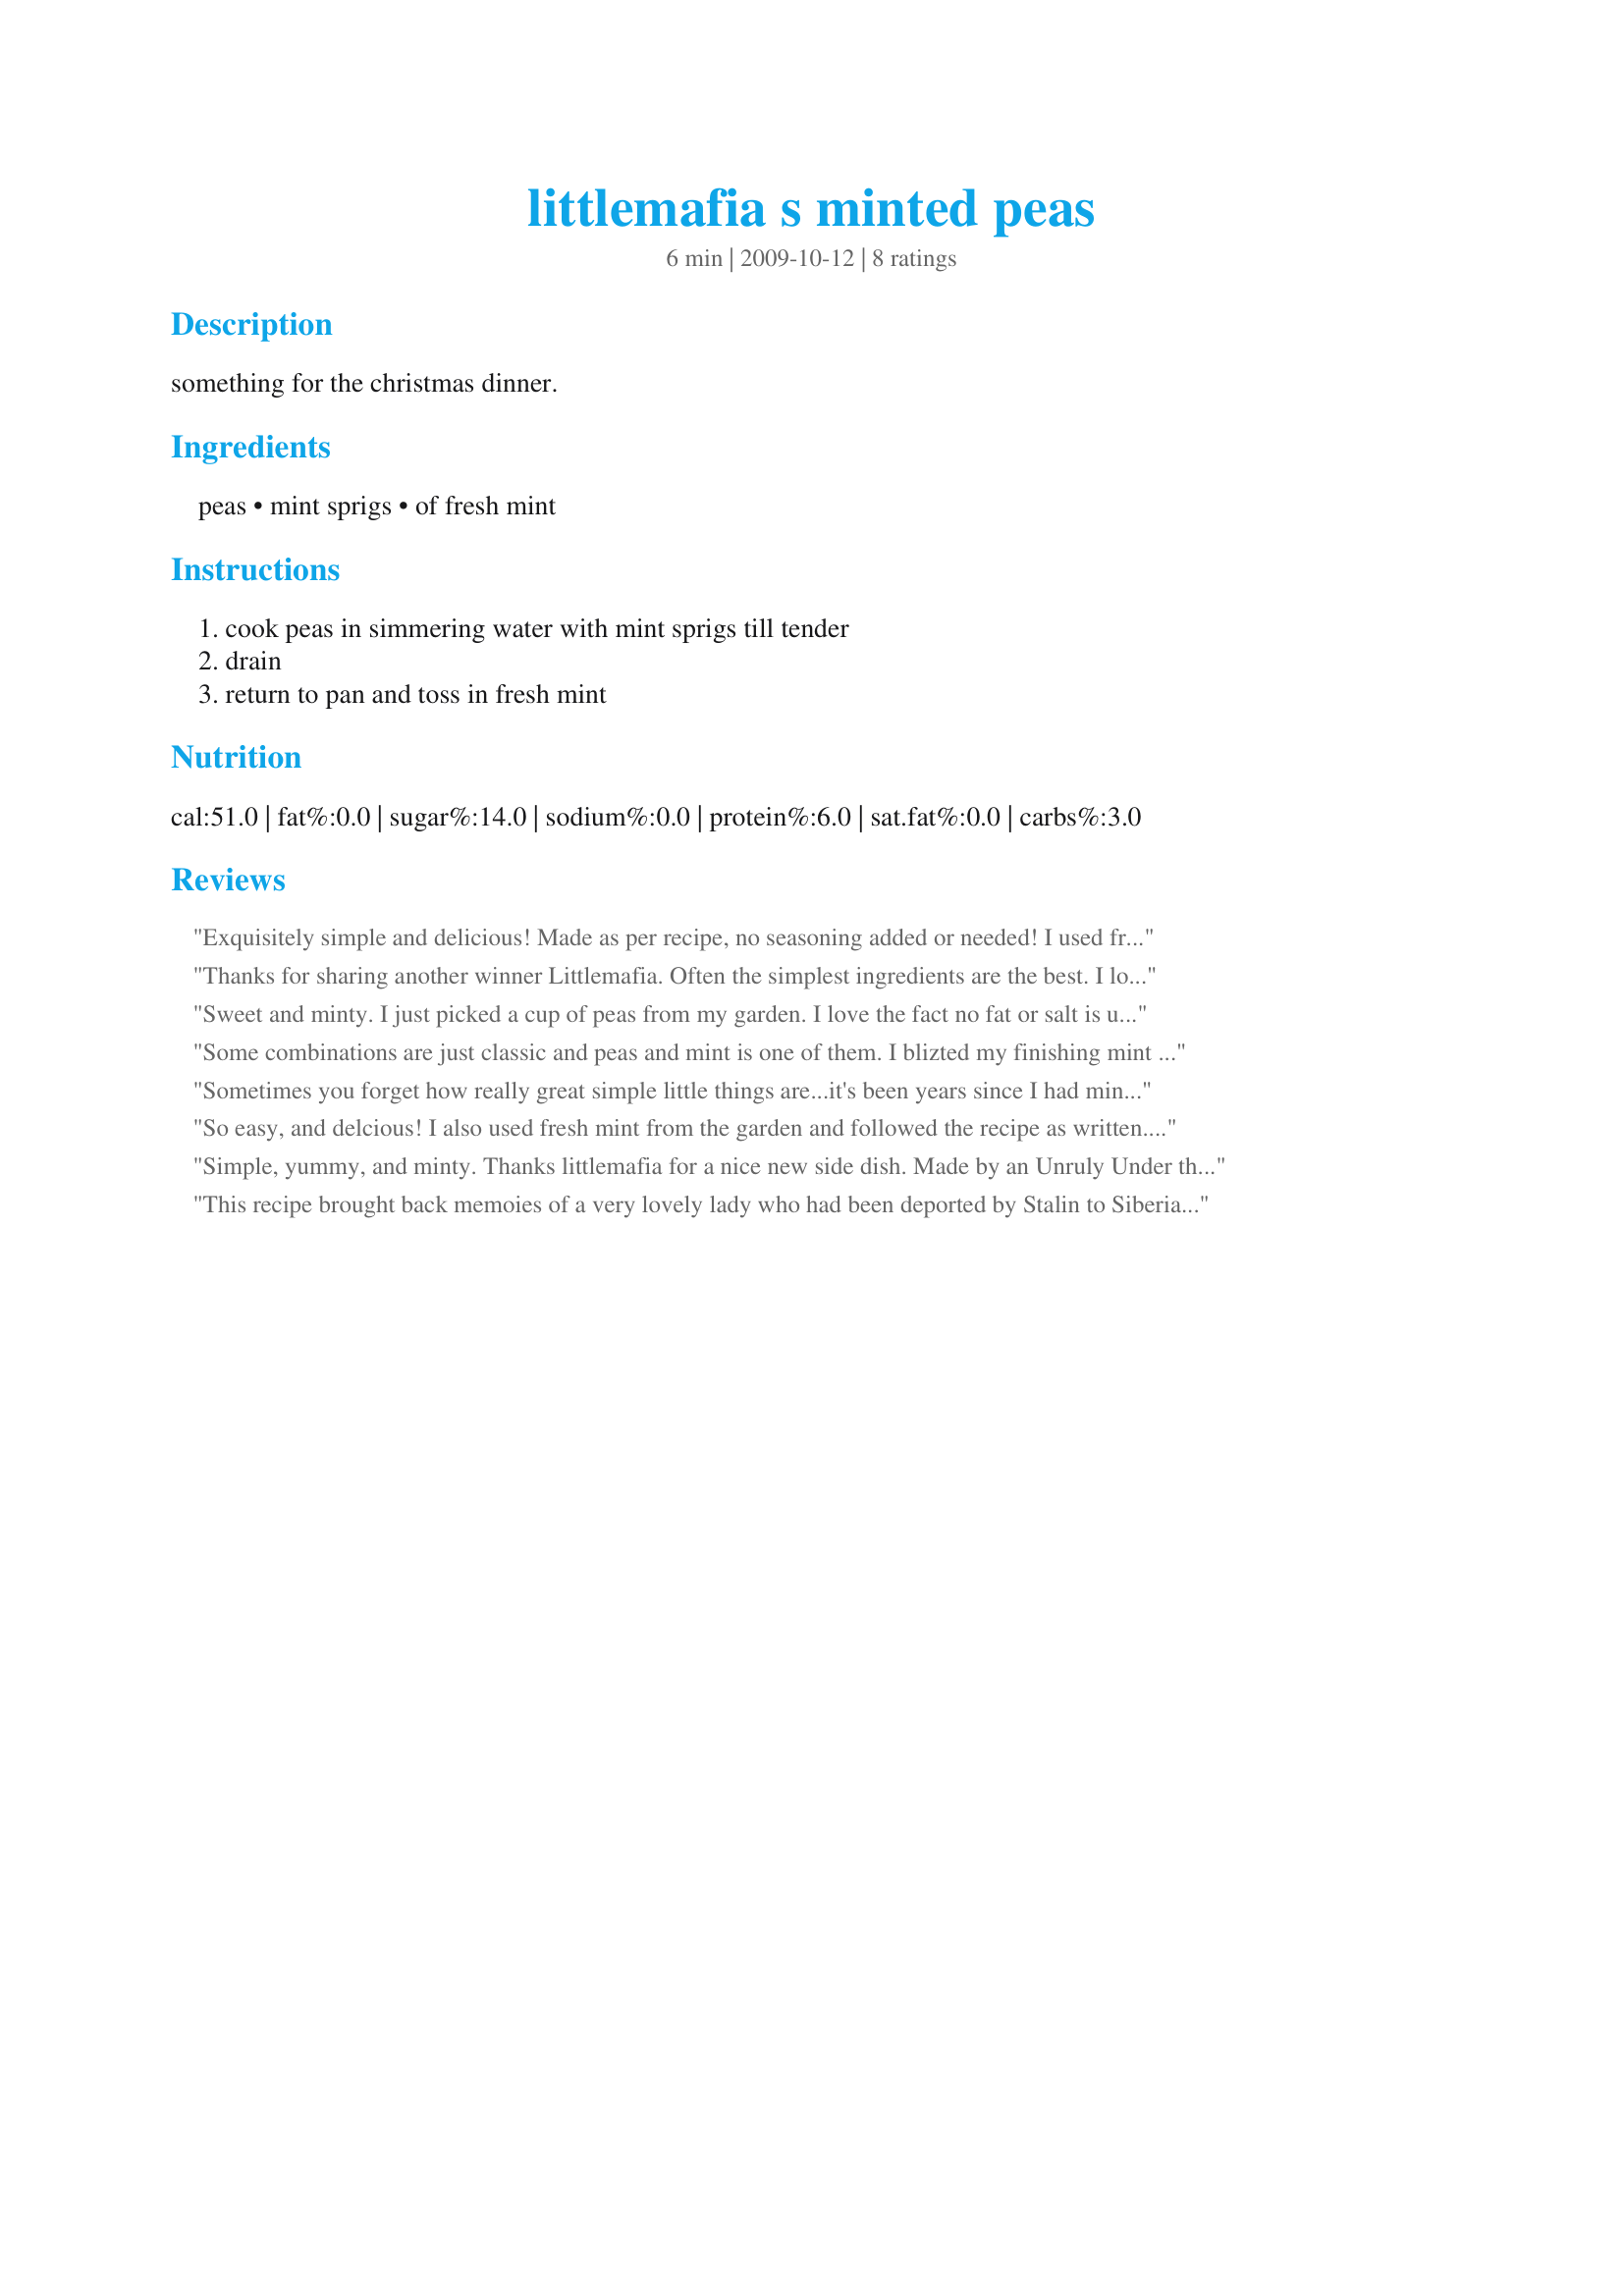
littlemafia s minted peas
Preparation time: 6 minutes

something for the christmas dinner.

Ingredients:
peas, mint sprigs, of fresh mint

Steps:
cook peas in simmering water with mint sprigs till tender, drain, return to pan and toss in fresh mint

Reviews:
Exquisitely simple and delicious! Made as per recipe, no seasoning added or needed! I used fresh mint from my garden, steamed the peas briefly, this dish has lovely fresh flavour and is ready in a jiffy!

Thanks, Littlemafia!

Made for vegetarian Swap#16
Thanks for sharing another winner Littlemafia. Often the simplest ingredients are the best. I loved the soft subtle flavor of the mint, with the nice, crisp fresh peas, it was perfect just perfect. I also used mint from the garden. I will be making this recipe again. :)
Sweet and minty. I just picked a cup of peas from my garden. I love the fact no fat or salt is used in this recipe. I did just barely heat the peas enjoying the sun kissed peas. Made for ZWT6 Thanks
Some combinations are just classic and peas and mint is one of them. I blizted my finishing mint up on a food processor to make it extra fine but otherwise followed the recipe as written. The perfect side for bangers and mash. Made for Zee Zany Zesty Cookz for ZWT 6.
Sometimes you forget how really great simple little things are...it's been years since I had minted peas,and I simply cannot remember why I haven't been eating them, as they are just delicious.
Thanks for the reminder!!!
Made for 1-2-3 Hits.
So easy, and delcious!
I also used fresh mint from the garden and followed the recipe as written.
Beautiful fresh and subtle minty taste which the family enjoyed!
I will be cooking my peas this way from now on!
Thanks Littlemafia, for this great quick and easy recipe.
Simple, yummy, and minty. Thanks littlemafia for a nice new side dish. Made by an Unruly Under the Influence for ZWT6 Family Picks.
This recipe brought back memoies of a very lovely lady who had been deported by Stalin to Siberia with her just-born infant, while her husband ended up in the West. They eventually reunited, and I remember having dinner at their home, where she did this exact recipe. I was so glad to go out yesterday to pick the mint, before the cold snap today! The simple freshness of this recipe is delightful.
